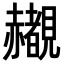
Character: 𬦄